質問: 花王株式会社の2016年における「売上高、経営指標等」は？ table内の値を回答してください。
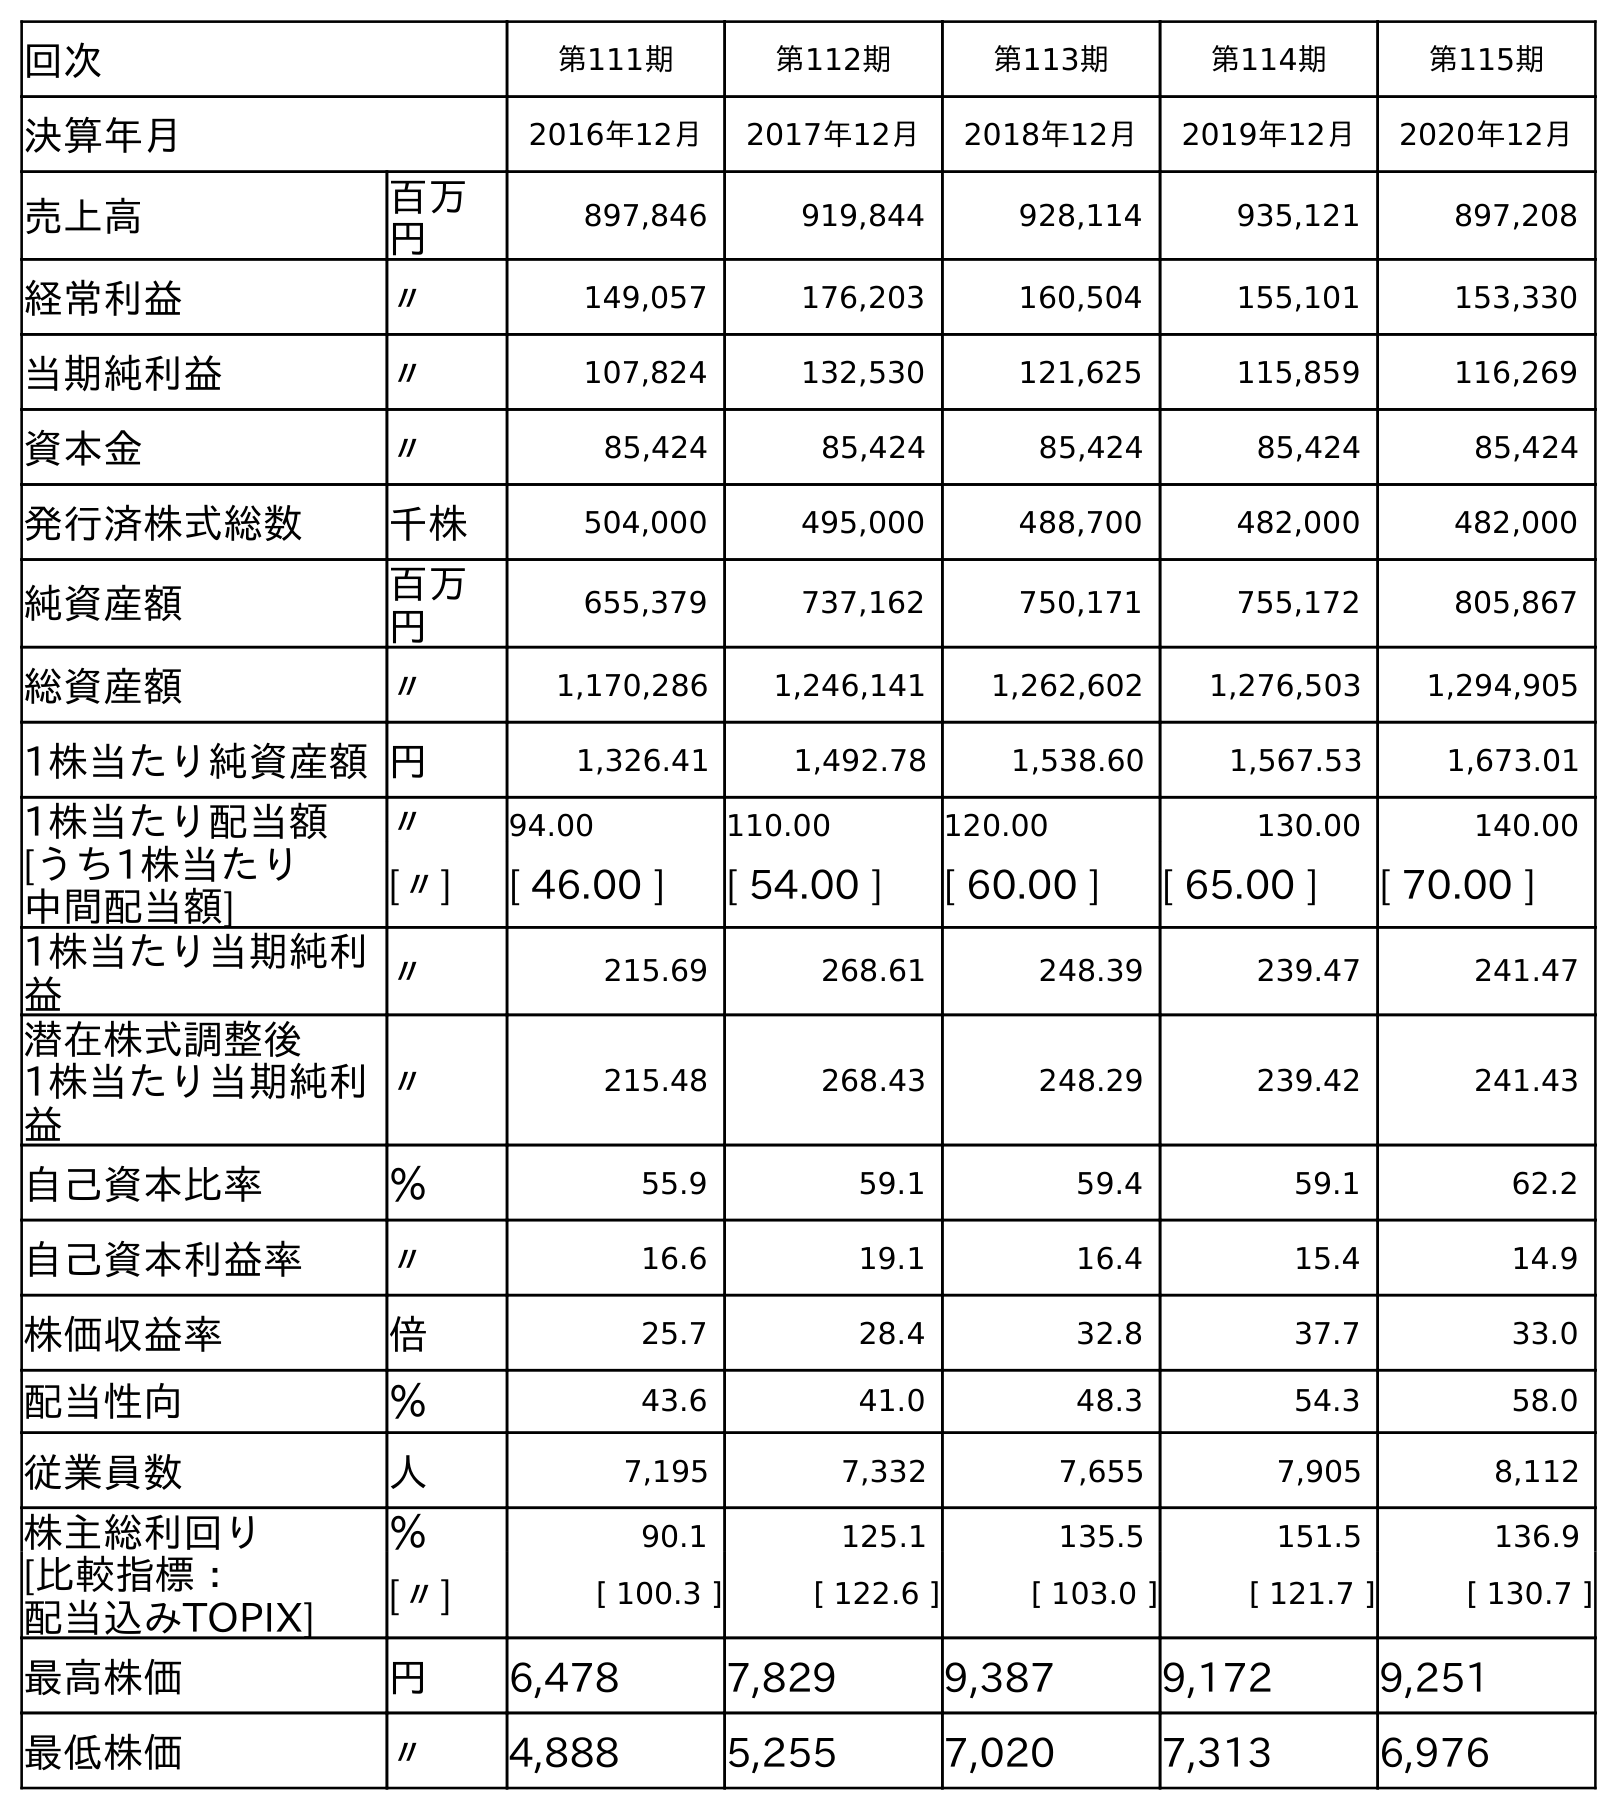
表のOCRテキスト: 回次 第111期 第112期 第113期 第114期 第115期 決算年月 2016年12月 2017年12月 2018年12月 2019年12月 2020年12月 売上高 百万 円 897,846 919,844 928,114 935,121 897,208 経常利益 〃 149,057 176,203 160,504 155,101 153,330 当期純利益 〃 107,824 132,530 121,625 115,859 116,269 資本金 〃 85,424 85,424 85,424 85,424 85,424 発行済株式総数 千株 504,000 495,000 488,700 482,000 482,000 純資産額 百万 円 655,379 737,162 750,171 755,172 805,867 総資産額 〃 1,170,286 1,246,141 1,262,602 1,276,503 1,294,905 1株当たり純資産額円 1,326.41 1,492.78 1,538.60 1,567.53 1,673.01 1株当たり配当額 〃 94.00 110.00 120.00 130.00 140.00 [うち1株当たり 中間配当額] [〃] [ 46.00 ] [ 54.00 ] [ 60.00 ] [ 65.00 ] [ 70.00 ] 1株当たり当期純利 益 〃 215.69 268.61 248.39 239.47 241.47 潜在株式調整後 1株当たり当期純利 益 〃 215.48 268.43 248.29 239.42 241.43 自己資本比率 ％ 55.9 59.1 59.4 59.1 62.2 自己資本利益率 〃 16.6 19.1 16.4 15.4 14.9 株価収益率 倍 25.7 28.4 32.8 37.7 33.0 配当性向 ％ 43.6 41.0 48.3 54.3 58.0 従業員数 人 7,195 7,332 7,655 7,905 8,112 株主総利回り ％ 90.1 125.1 135.5 151.5 136.9 [比較指標： 配当込みTOPIX] [〃] [ 100.3 ] [ 122.6 ] [ 103.0 ] [ 121.7 ] [ 130.7 ] 最高株価 円 6,478 7,829 9,387 9,172 9,251 最低株価 〃 4,888 5,255 7,020 7,313 6,976
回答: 897,846